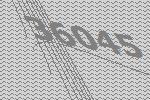
36045